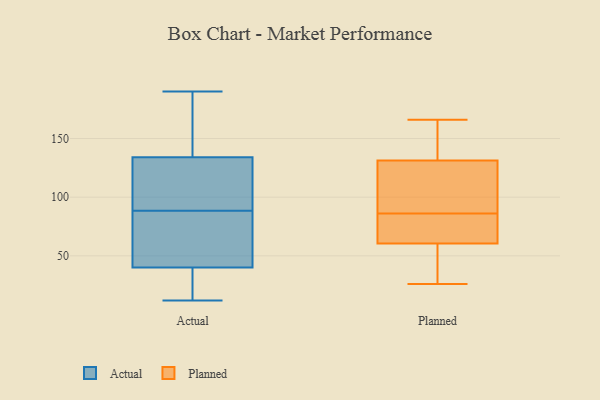
{"axis": {"x": "Backlog", "y": "Value"}, "legend": ["Actual", "Planned"], "data": [{"x": "", "y": 144, "type": "Actual"}, {"x": "", "y": 95, "type": "Actual"}, {"x": "", "y": 108, "type": "Actual"}, {"x": "", "y": 49, "type": "Actual"}, {"x": "", "y": 87, "type": "Actual"}, {"x": "", "y": 12, "type": "Actual"}, {"x": "", "y": 19, "type": "Actual"}, {"x": "", "y": 132, "type": "Actual"}, {"x": "", "y": 26, "type": "Actual"}, {"x": "", "y": 141, "type": "Actual"}, {"x": "", "y": 90, "type": "Actual"}, {"x": "", "y": 57, "type": "Actual"}, {"x": "", "y": 38, "type": "Actual"}, {"x": "", "y": 190, "type": "Actual"}, {"x": "", "y": 136, "type": "Actual"}, {"x": "", "y": 42, "type": "Actual"}, {"x": "", "y": 163, "type": "Actual"}, {"x": "", "y": 121, "type": "Actual"}, {"x": "", "y": 23, "type": "Actual"}, {"x": "", "y": 85, "type": "Actual"}, {"x": "", "y": 113, "type": "Planned"}, {"x": "", "y": 86, "type": "Planned"}, {"x": "", "y": 120, "type": "Planned"}, {"x": "", "y": 26, "type": "Planned"}, {"x": "", "y": 31, "type": "Planned"}, {"x": "", "y": 59, "type": "Planned"}, {"x": "", "y": 166, "type": "Planned"}, {"x": "", "y": 135, "type": "Planned"}, {"x": "", "y": 151, "type": "Planned"}, {"x": "", "y": 65, "type": "Planned"}, {"x": "", "y": 82, "type": "Planned"}]}